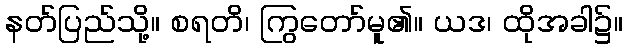
နတ်ပြည်သို့။ စရတိ၊ ကြွတော်မူ၏။ ယဒ၊ ထိုအခါ၌။